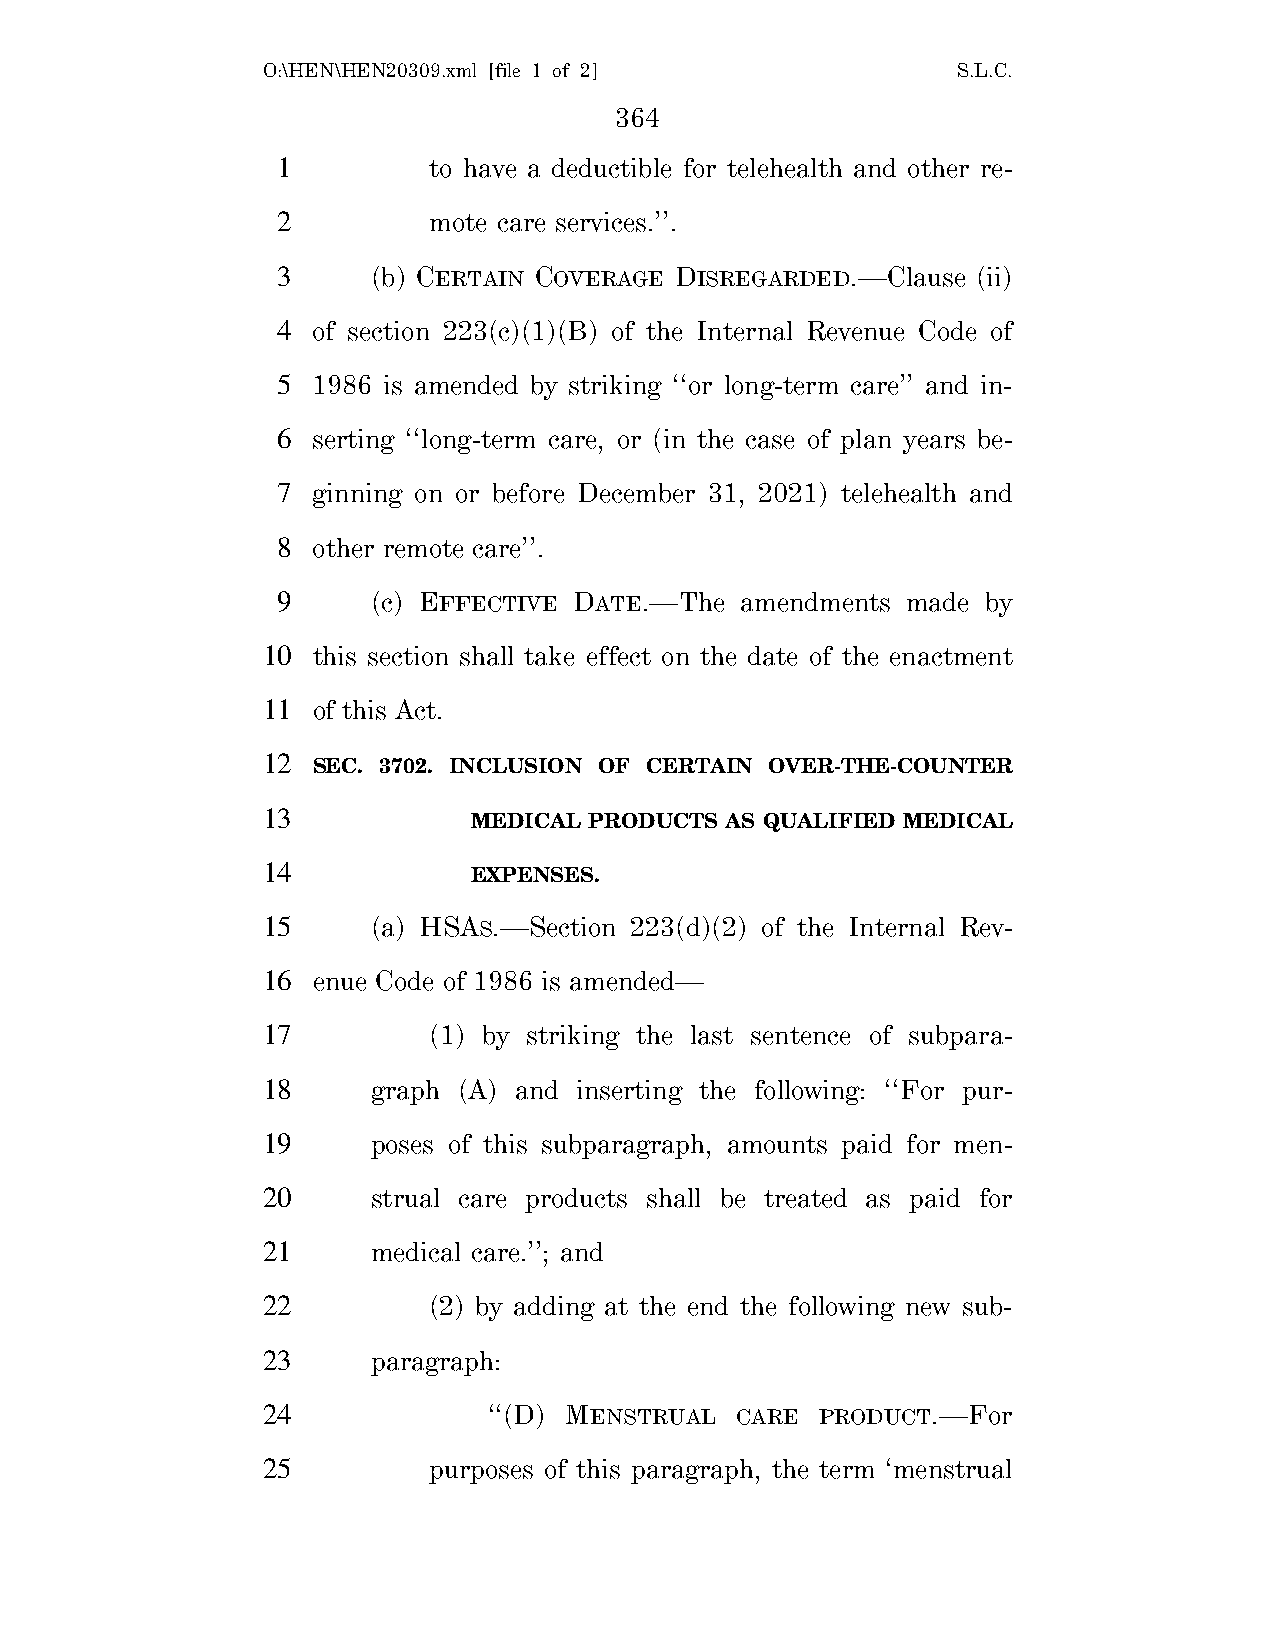
O:\HEN\HEN20309.xml [file 1 of 2]             S.L.C.
 364
 1         to have a deductible for telehealth and other re-
 2         mote care services.’’.
 3      (b) CERTAIN COVERAGE DISREGARDED.—Clause (ii)
 4  of section 223(c)(1)(B) of the Internal Revenue Code of
 5  1986 is amended by striking ‘‘or long-term care’’ and in-
 6  serting ‘‘long-term care, or (in the case of plan years be-
 7  ginning on or before December 31, 2021) telehealth and
 8  other remote care’’.
 9      (c) EFFECTIVE DATE.—The amendments made by
 10  this section shall take effect on the date of the enactment
 11  of this Act.
 12
 SEC. 3702. INCLUSION OF CERTAIN OVER-THE-COUNTER
 13
 MEDICAL PRODUCTS AS QUALIFIED MEDICAL
 14
 EXPENSES.
 15      (a) HSAS.—Section 223(d)(2) of the Internal Rev-
 16  enue Code of 1986 is amended—
 17         (1) by striking the last sentence of subpara-
 18      graph (A) and inserting the following: ‘‘For pur-
 19      poses of this subparagraph, amounts paid for men-
 20      strual care products shall be treated as paid for
 21      medical care.’’; and
 22         (2) by adding at the end the following new sub-
 23      paragraph:
 24             ‘‘(D) MENSTRUAL  CARE PRODUCT.—For
 25         purposes of this paragraph, the term ‘menstrual